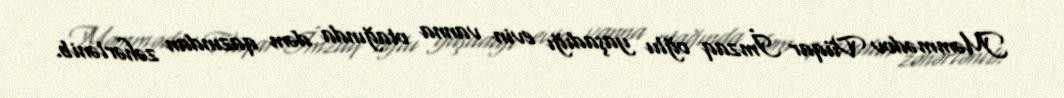
Məmmədov Vüqar İmzaq oğlu yaşadığı evin vanna otağında dəm qazından zəhərlənib.